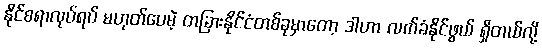
နိုင်စရာလုပ်ရပ် မဟုတ်ပေမဲ့ တခြားနိုင်ငံတစ်ခုမှာတော့ ဒါဟာ လက်ခံနိုင်ဖွယ် ရှိတယ်လို့